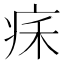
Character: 𤵥